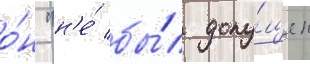
о́н "н'е́ бы́л допу́щен